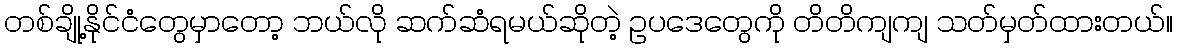
တစ်ချို့နိုင်ငံတွေမှာတော့ ဘယ်လို ဆက်ဆံရမယ်ဆိုတဲ့ ဥပဒေတွေကို တိတိကျကျ သတ်မှတ်ထားတယ်။